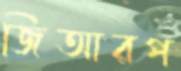
জিআরপ